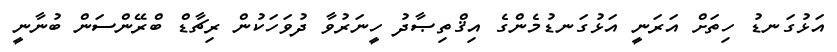
އަޅުގަނޑު ހިތަށް އަރަނީ އަޅުގަނޑުމެންގެ އިޤްތިޞާދު ހީނަރުވާ ދުވަހަކުން ރިޗާޑް ބްރޭންސަން ބުނާނީ